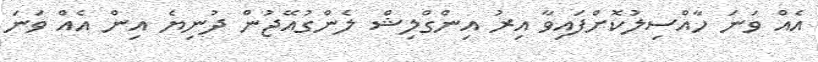
އެއް ވަނަ ހާއްސިލުކޮށްފައިވާ އިރު އިންގްލިޝް ލެންގުއޭޖުން ދުނިޔެ އިން އެއް ވަނަ